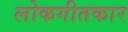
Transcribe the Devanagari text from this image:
लोकगीतकार